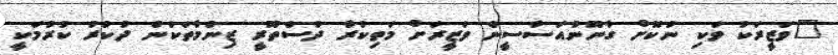
"ވަޒީރަކު ވަކި ނުކޮށް ގާނޫނުއަސާސީން ވަޒީރަށް މަތިކުރާ ދުސްތޫރީ ޒިންމާތަކުން ދުކުރު ކުރުމަކީ